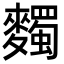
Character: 𪍹